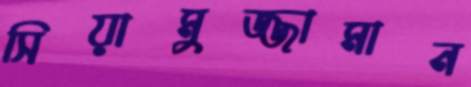
সিয়ামুজ্জামান